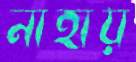
নাহায়